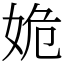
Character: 姽